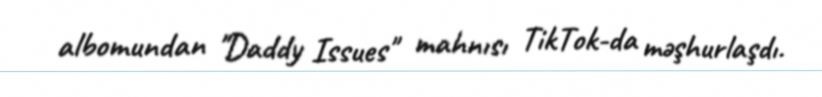
albomundan "Daddy Issues" mahnısı TikTok-da məşhurlaşdı.